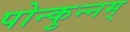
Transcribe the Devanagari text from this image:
पोन्कुन्नम्